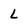
Character: L